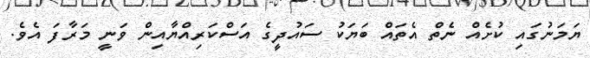
ޔަމަނުގައި ކުށެއް ނެތް އެތައް ބަޔަކު ސައުދީގެ އަސްކަރިއްޔާއިން ވަނީ މަރާފަ އެވެ.